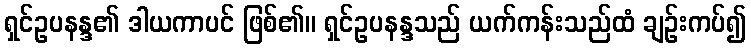
ရှင်ဥပနန္ဒ၏ ဒါယကာပင် ဖြစ်၏။ ရှင်ဥပနန္ဒသည် ယက်ကန်းသည်ထံ ချဉ်းကပ်၍